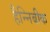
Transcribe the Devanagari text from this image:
हैन्निबीक